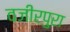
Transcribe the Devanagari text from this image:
वजीरपुरा